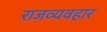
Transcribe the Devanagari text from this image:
राजव्यवहार